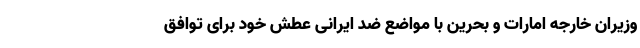
وزیران خارجه امارات و بحرین با مواضع ضد ایرانی عطش خود برای توافق